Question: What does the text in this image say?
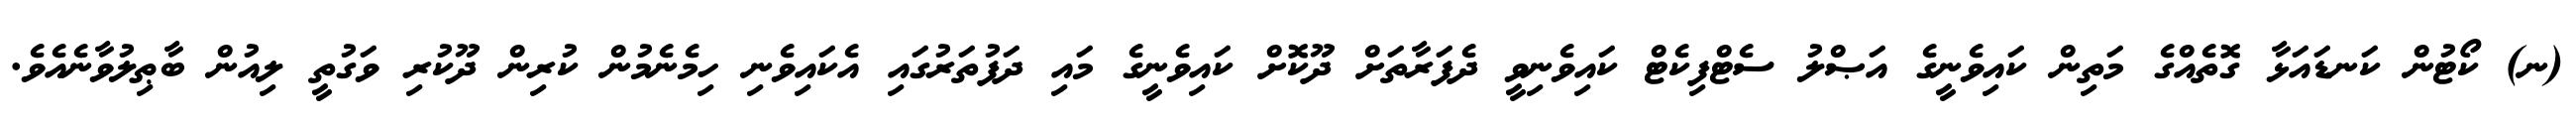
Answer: (ނ) ކޯޓުން ކަނޑައަޅާ ގޮތެއްގެ މަތިން ކައިވެނީގެ އަޞްލު ސެޓްފިކެޓް ކައިވެނިވީ ދެފަރާތަށް ދޫކޮށް ކައިވެނީގެ މައި ދަފުތަރުގައި އެކައިވެނި ހިމެނެމުން ކުރިން ދޫކުރި ވަގުތީ ލިއުން ބާޠިލުވާނެއެވެ.